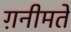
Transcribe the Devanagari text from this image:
ग़नीमतें